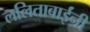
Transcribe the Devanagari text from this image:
ललिताबाईंनी